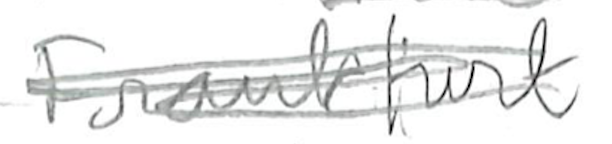
Text: Frankfurt
Cross-out: scratch
Writing tool: pencil